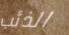
الذئب